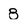
Character: 8